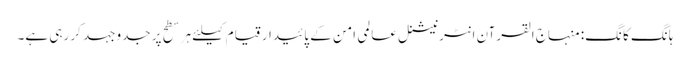
ہانگ کانگ: منہاج القرآن انٹرنیشنل عالمی امن کے پائیدار قیام کیلئے ہر سطح پر جدوجہد کر رہی ہے۔